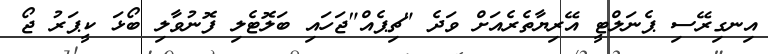
އިނގިރޭސި ޕެނަލްޓީ އޭރިޔާތެރެއަށް ވަދެ "ޗިޕެއް"ޖަހައި ބަލޮޓެލި ފޮނުވާލި ބޯޅަ ކީޕަރު ޖޯ